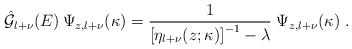
\begin{align*}\hat{ {\mathcal G}}_{l+\nu} (E)\,\Psi_{z,l+\nu} (\kappa)=\frac{1}{ \left[ \eta_{l+\nu}(z;\kappa) \right]^{-1} - \lambda}\;\Psi_{z,l+\nu} (\kappa)\; .\end{align*}